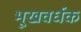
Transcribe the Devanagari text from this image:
भूखवर्धक